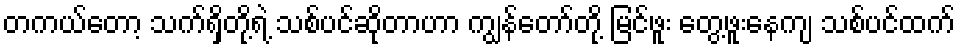
တကယ်တော့ သက်ရှိတို့ရဲ့ သစ်ပင်ဆိုတာဟာ ကျွန်တော်တို့ မြင်ဖူး တွေ့ဖူးနေကျ သစ်ပင်ထက်